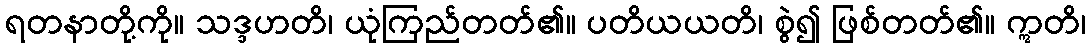
ရတနာတို့ကို။ သဒ္ဒဟတိ၊ ယုံကြည်တတ်၏။ ပတိယယတိ၊ စွဲ၍ ဖြစ်တတ်၏။ ဣတိ၊